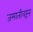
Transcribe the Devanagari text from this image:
जमातीवरून